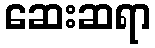
ဆေးဆရာ